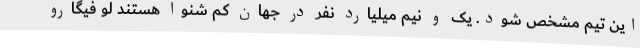
این تیم مشخص شود. یک و نیم میلیارد نفر در جهان کم شنوا هستند لو فیگارو